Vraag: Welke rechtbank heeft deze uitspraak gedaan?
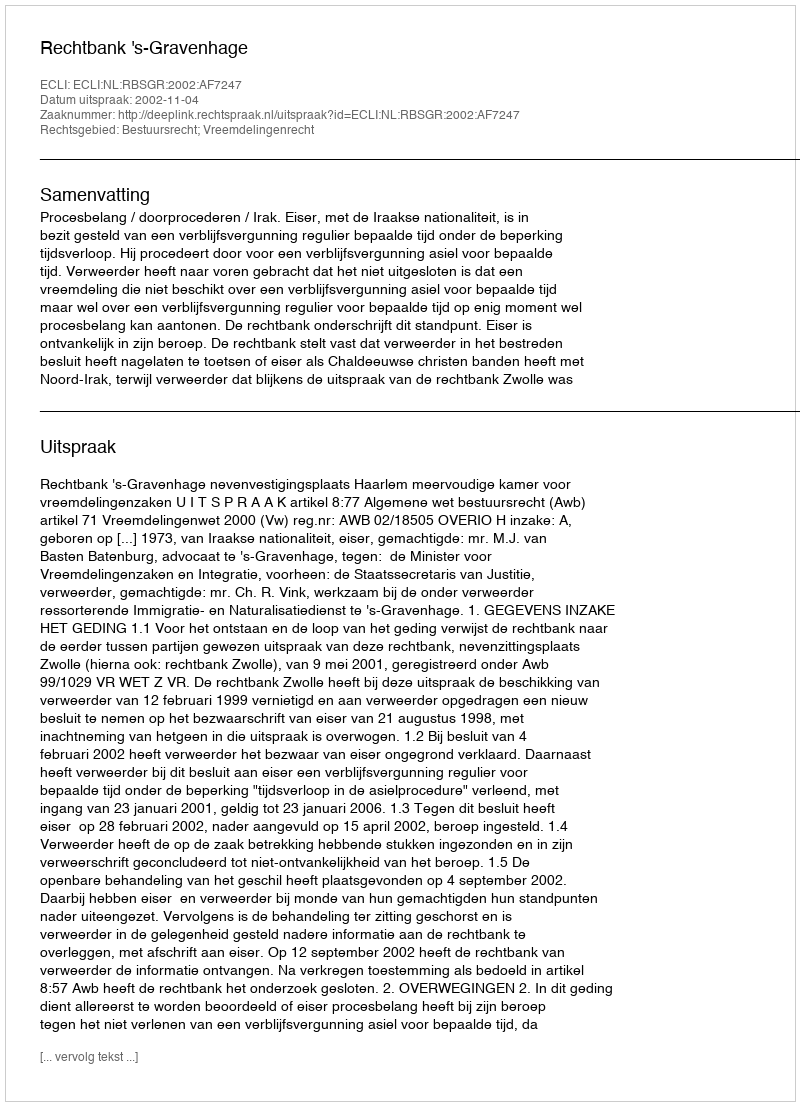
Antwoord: Rechtbank 's-Gravenhage